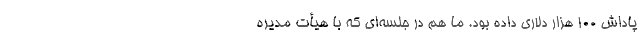
پاداش 100 هزار دلاری داده بود. ما هم در جلسه‌ای که با هیأت مدیره